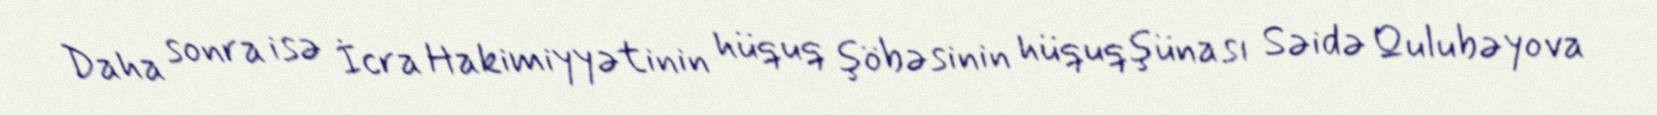
Daha sonra isə İcra Hakimiyyətinin hüquq şöbəsinin hüquqşünası Səidə Qulubəyova